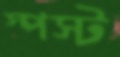
স্পস্ট